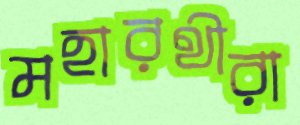
মহারথীরা